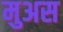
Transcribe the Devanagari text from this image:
मुअस